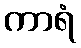
ကာရံ